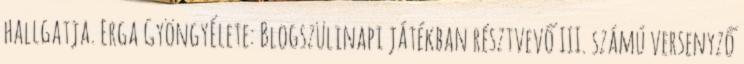
hallgatja. Erga GyöngyÉlete: Blogszülinapi játékban résztvevő III. számú versenyző